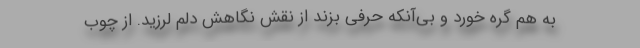
به هم گره خورد و بی‌آنکه حرفی بزند از نقش نگاهش دلم لرزید. از چوب